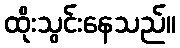
ထိုးသွင်းနေသည်။